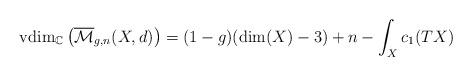
LaTeX: \begin{align*} \textnormal{vdim}_\mathbb{C} \left( \overline{\mathcal{M}}_{g,n}(X,d) \right) = (1-g)(\textnormal{dim}(X)-3)+n-\int_X c_1(TX) \end{align*}